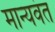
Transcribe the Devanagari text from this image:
मान्यवंत